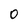
Character: o